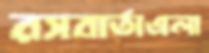
রসবার্তাএলা